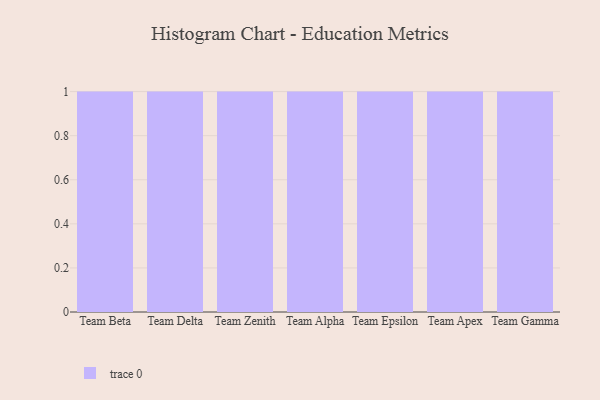
{"axis": {"x": "Team", "y": "Satisfaction Score"}, "legend": [""], "data": [{"x": "Team Beta", "y": 65, "type": ""}, {"x": "Team Delta", "y": 1, "type": ""}, {"x": "Team Zenith", "y": 56, "type": ""}, {"x": "Team Alpha", "y": 29, "type": ""}, {"x": "Team Epsilon", "y": 39, "type": ""}, {"x": "Team Apex", "y": 97, "type": ""}, {"x": "Team Gamma", "y": 57, "type": ""}]}